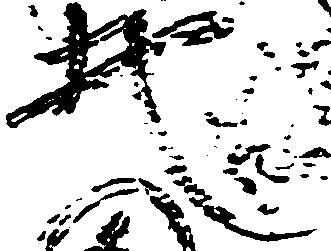
地